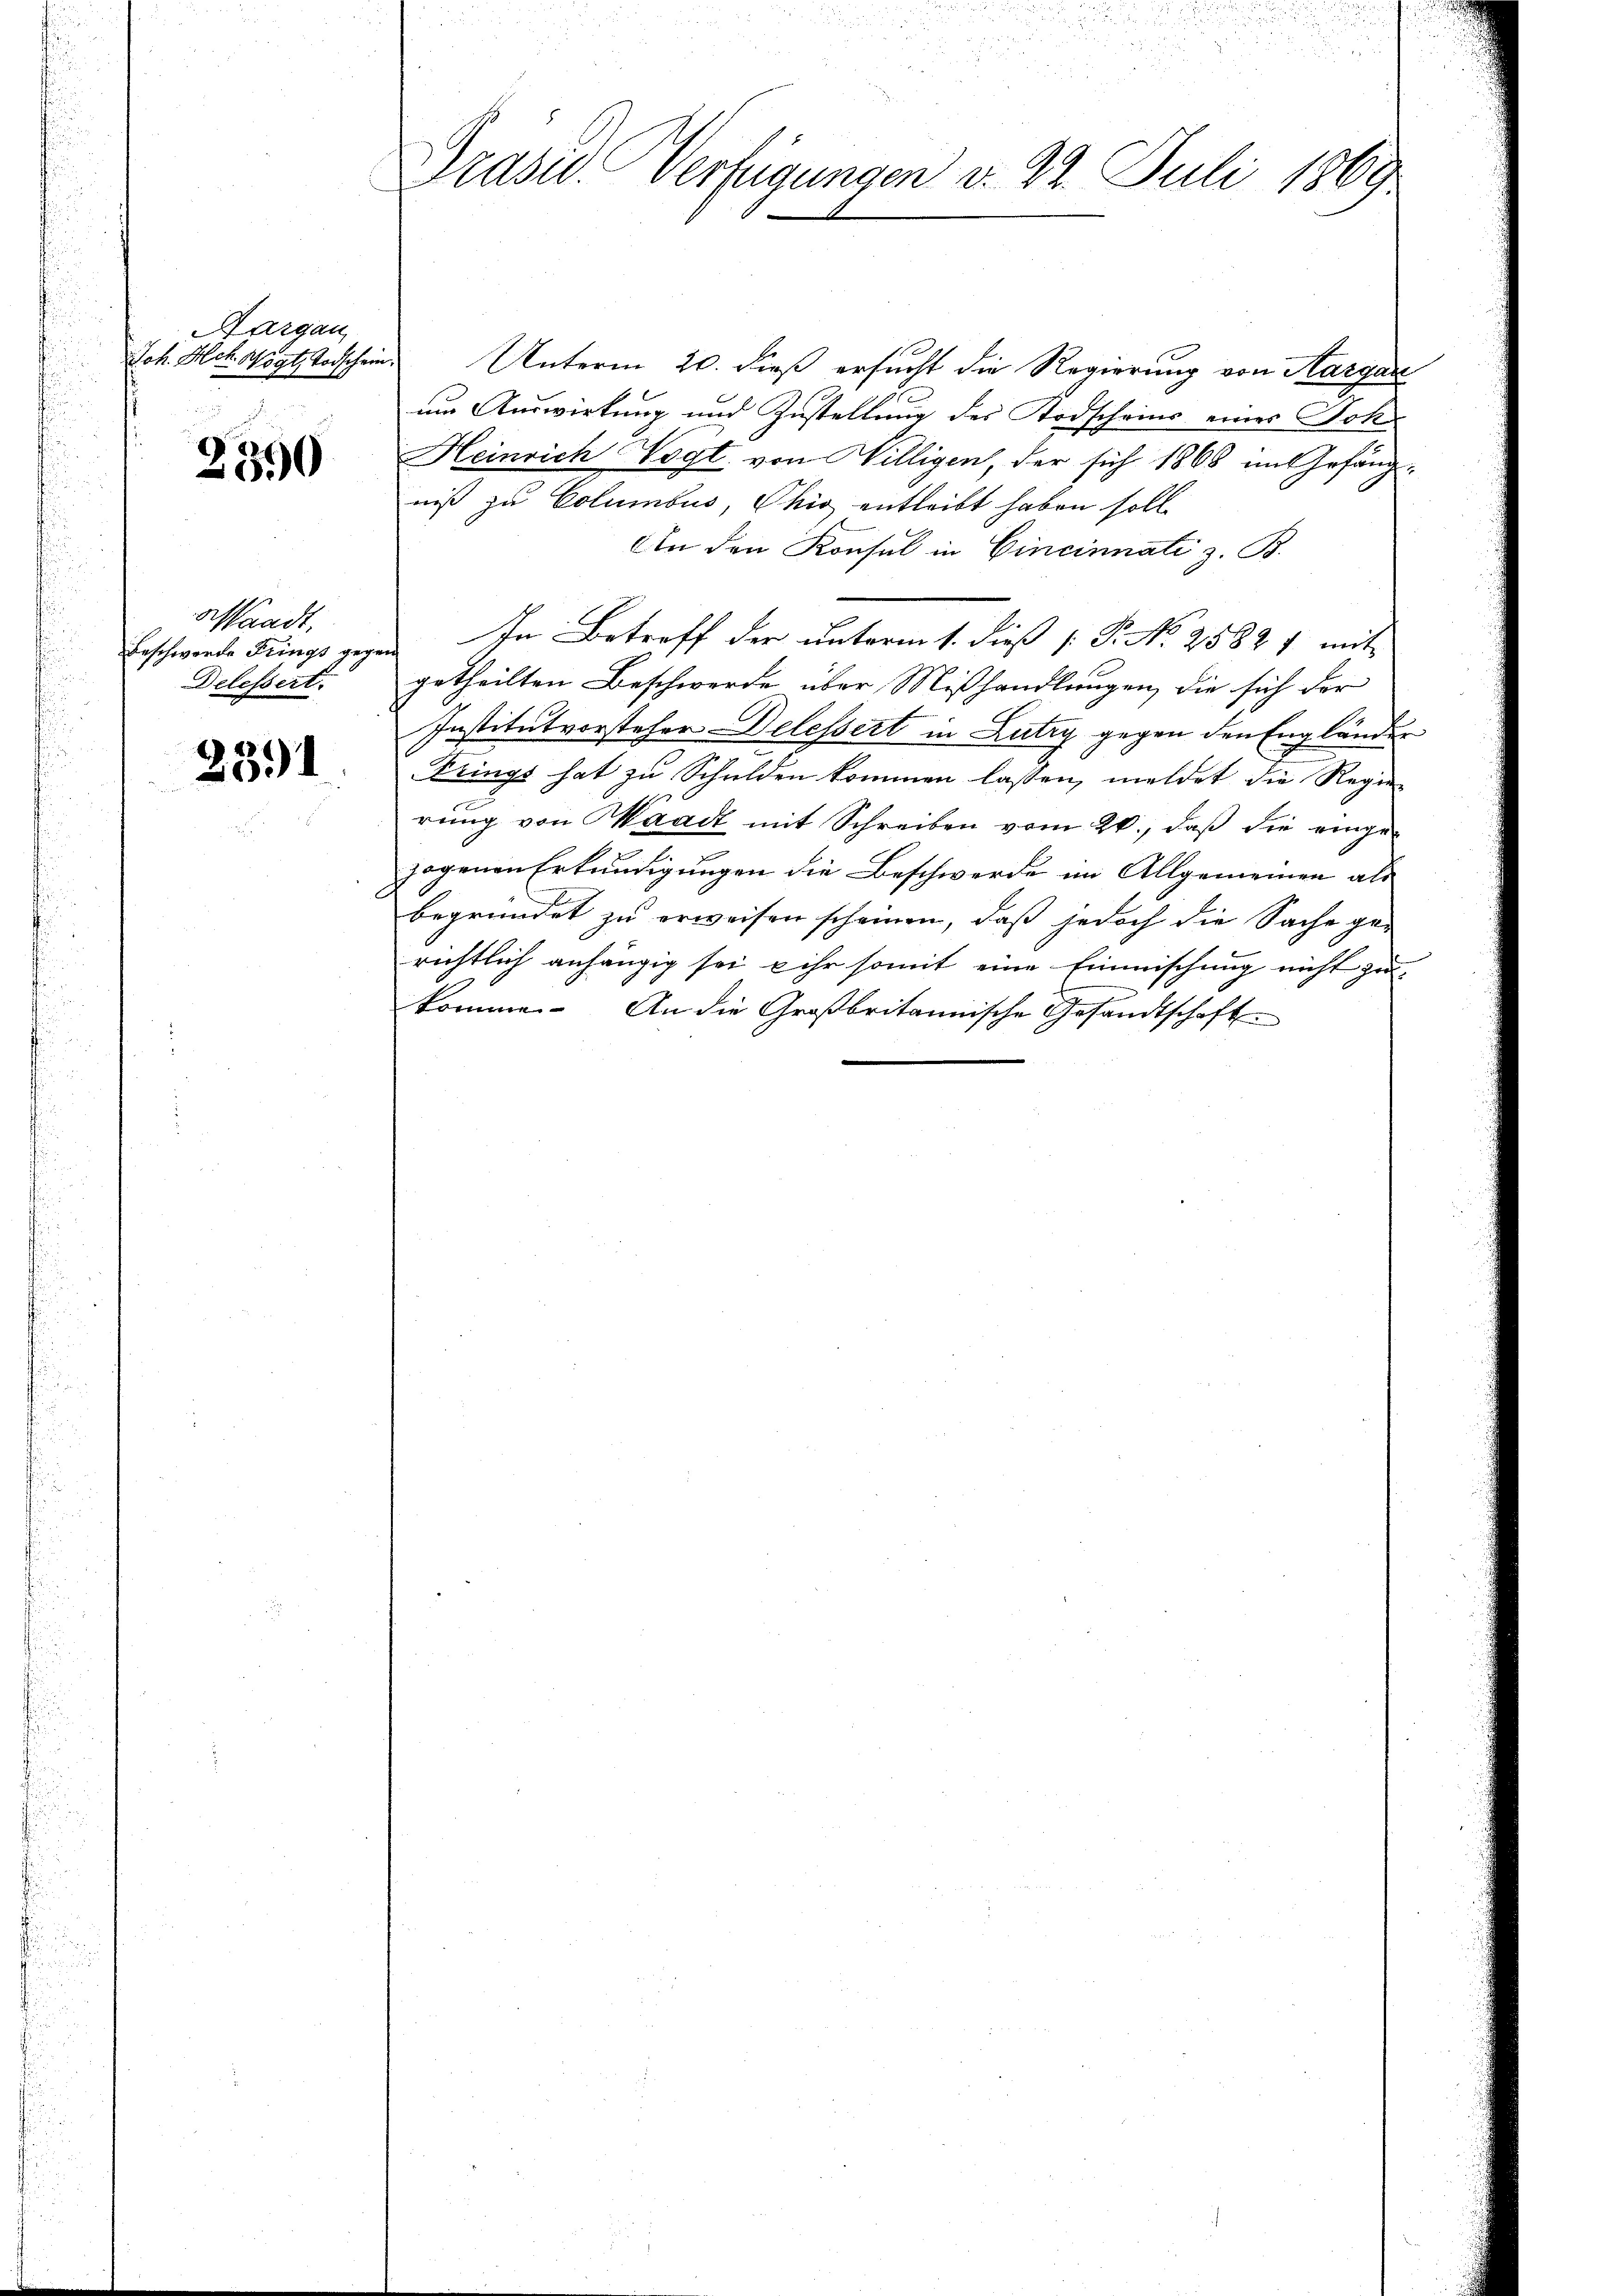
Aargau

2390

Waadt,
Beschwerde Frings gegen
Delessert.

2391

Präsid. Verfügungen d. 22. Juli 1869

Jch. Hchsottoschein Unterm 20. dieß ersucht die Regierung von Aargar
um Auswirkung und Zustellung des Todscheins eines Joh
Heinrich Vogt von Willigen, der sich 1868 im Gefäng-
niß zu Columbus, Ohio entleibt haben soll
An den Konsul in Cincinnati z. B.
In Betreff der unterm 1. dieß P. No. 2582 1 mit
getheilten Beschwerde über Mißhandlungen, die sich der
Institutvorsteher Delessert in Lutry gegen den Engländer
Drings hat zu Schulden kommen lassen, meldet die Regie-
rŭng von Waadt mit Schreiben vom 26., daß die eingezogenen Erkundigungen die Beschwerde im Allgemeinen als
begründet zu erweisen scheinen, daß jedoch die Sache ge-
richtlich anhängig sei, u ihr somit eine Einmischung nicht zukomme. An die Großbritannische Gesandtschaft